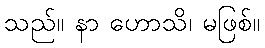
သည်။ နာ ဟောသိ၊ မဖြစ်။